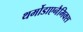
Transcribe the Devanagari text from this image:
थर्मोडाएनैमिक्स